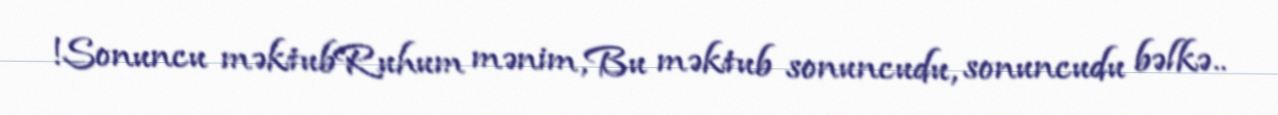
!Sonuncu məktubRuhum mənim,Bu məktub sonuncudu, sonuncudu bəlkə..